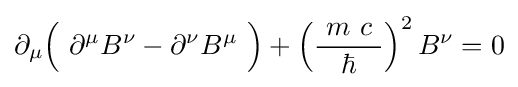
\partial _{\mu }{\Bigl (}\ \partial ^{\mu }B^{\nu }-\partial ^{\nu }B^{\mu }\ {\Bigr )}+\left({\frac {\ m\ c\ }{\hbar }}\right)^{2}B^{\nu }=0